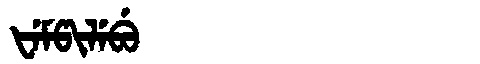
Manchu: ᡶᡝᠮᡦᡳᠯᡝᠪᡠ
Romanization: FEMPILEBU